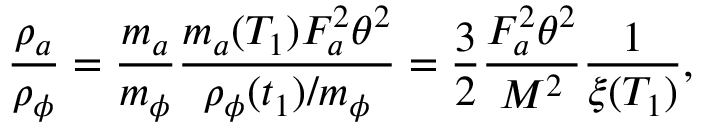
\frac { \rho _ { a } } { \rho _ { \phi } } = \frac { m _ { a } } { m _ { \phi } } \frac { m _ { a } ( T _ { 1 } ) F _ { a } ^ { 2 } \theta ^ { 2 } } { \rho _ { \phi } ( t _ { 1 } ) / m _ { \phi } } = \frac { 3 } { 2 } \frac { F _ { a } ^ { 2 } \theta ^ { 2 } } { M ^ { 2 } } \frac { 1 } { \xi ( T _ { 1 } ) } ,